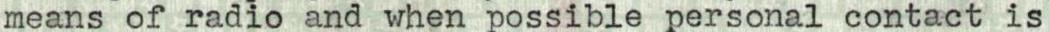
means of radio and when possible personal contact is